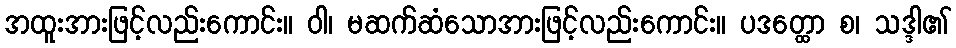
အထူးအားဖြင့်လည်းကောင်း။ ဝါ၊ မဆက်ဆံသောအားဖြင့်လည်းကောင်း။ ပဒတ္ထော စ၊ သဒ္ဒါ၏